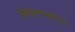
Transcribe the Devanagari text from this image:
निवारणाकरिता